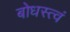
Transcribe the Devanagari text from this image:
बोधस्त्वं